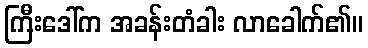
ကြီးဒေါ်က အခန်းတံခါး လာခေါက်၏။